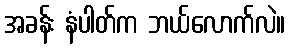
အခန်း နံပါတ်က ဘယ်လောက်လဲ။